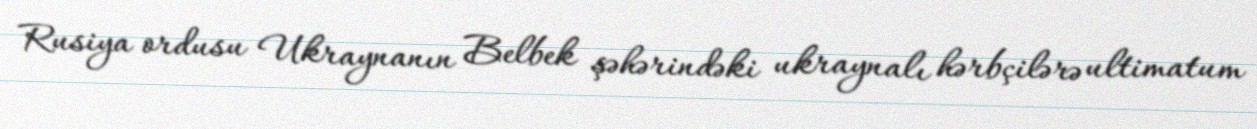
Rusiya ordusu Ukraynanın Belbek şəhərindəki ukraynalı hərbçilərə ultimatum